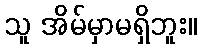
သူ အိမ်မှာမရှိဘူး။